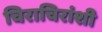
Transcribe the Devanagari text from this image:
चिराचिरांशी